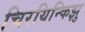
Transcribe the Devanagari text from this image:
चिरयिन्किझु